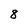
Character: 8